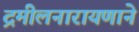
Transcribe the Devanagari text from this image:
द्रमीलनारायणाने